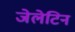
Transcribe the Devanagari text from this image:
जेलेटिन